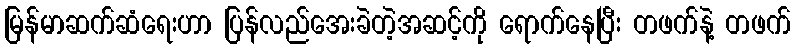
မြန်မာဆက်ဆံရေးဟာ ပြန်လည်အေးခဲတဲ့အဆင့်ကို ရောက်နေပြီး တဖက်နဲ့ တဖက်